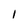
Character: 1